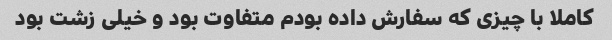
کاملا با چیزی که سفارش داده بودم متفاوت بود و خیلی زشت بود